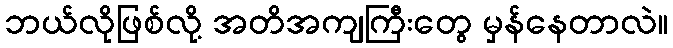
ဘယ်လိုဖြစ်လို့ အတိအကျကြီးတွေ မှန်နေတာလဲ။